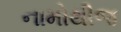
નામોથીજ